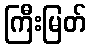
ကြီးမြတ်